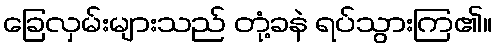
ခြေလှမ်းများသည် တုံ့ခနဲ ရပ်သွားကြ၏။